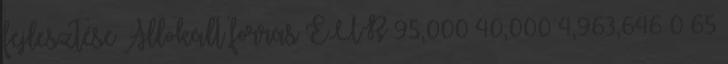
fejlesztése Allokált forrás EUR 95,000 40,000 4,963,646 0 65